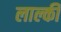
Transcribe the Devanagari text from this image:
लाल्की